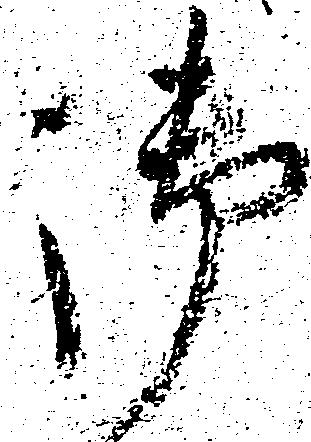
御